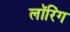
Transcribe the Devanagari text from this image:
लॉरिंग